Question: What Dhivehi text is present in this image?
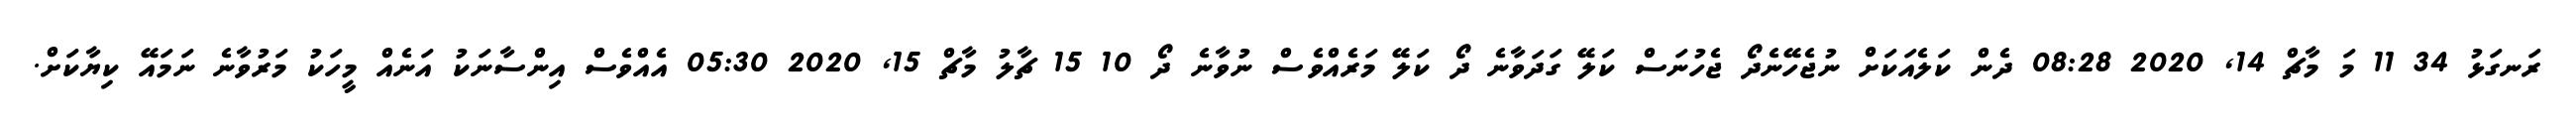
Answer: ރަނގަޅު 34 11 މަ މާޗް 14, 2020 08:28 ދެން ކަލެއަކަށް ނުޖެހޭނެދޯ ޖެހުނަސް ކަލޭ ގަދަވާނެ ދޯ ކަލޭ މަރެއްވެސް ނުވާނެ ދޯ 10 15 ޗާލު މާޗް 15, 2020 05:30 އެއްވެސް އިންސާނަކު އަނެއް މީހަކު މަރުވާނެ ނަމައޭ ކިޔާކަށް.